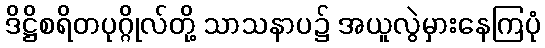
ဒိဋ္ဌိစရိတပုဂ္ဂိုလ်တို့ သာသနာပ၌ အယူလွဲမှားနေကြပုံ